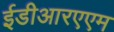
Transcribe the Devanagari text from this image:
ईडीआरएएम